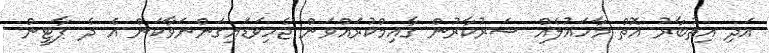
އަދި އިތުބާރު އޮތް މާހައުލެއް ސަރުކާރުން ގާއިމްކުރައްވަން ޖެހިވަޑައިގަންނަވާކަން އެ ދެ ޕާޓީން